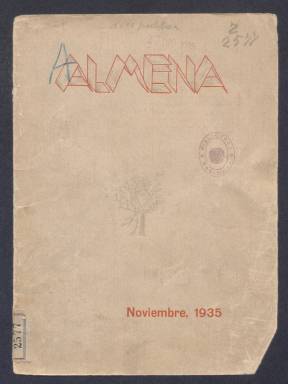
Título: Almena (Madrid)
Colección: Literatura
Ámbito geográfico: Madrid
Lugar de publicación: Madrid
Fechas: 01/11/1935-30/11/1935

Esta revista universitaria se puede considerar continuación de otra de nombre Prisma editada por alumnos de la Facultad de Filosofía y Letras de la Universidad Central de Madrid de la que se llegaron a publicar tres números entre enero y marzo de 1935. De esta otra de nombre Almena, la Biblioteca Nacional de España posee solo un número del curso siguiente, la segunda entrega de noviembre de ese año.

   Al igual que la publicación precedente, además de compartir el mismo diseño de cubierta, Almena es sobre todo una revista literaria en la que destacan dos poemas de dos de los grandes poetas del siglo XX: Juan Ramón Jiménez, con una composición titulada ‘Aurora, Mayo, Vida’ y Gerardo Diego, con otra titulada ‘La emplazada’. Hay también otras obras líricas y narrativas de distintos autores.

  Entre las piezas narrativas de este número de Almena sobresale el relato dialogado ‘A la sombra del árbol de la muerte’, del gran médico y ensayista gallego Roberto Nóvoa Santos, quien destacó también en el campo de la psicología. Fue además diputado por La Coruña en la II República por la Federación Republicana Gallega, que defendía un Estado unitario que reconociera las autonomías.

  Todo el contenido de la revista está salpicado de dibujos del gran ilustrador Ricardo Summers Isern, que había empezado su carrera en 1922 publicando en la revista Buen Humor y alcanzó notoriedad en Blanco y Negro y su suplemento infantil Gente menuda.

  Almena, de 34 páginas, se completa al igual que la anterior Prisma de un índice de revistas y reseñas bibliográficas. Se incluye en el índice números de la Revista de Occidente, Cruz y Raya y Caballo Verde para la Poesía, que son tres de las publicaciones culturales más prestigiosas de los años previos a la Guerra Civil.

  En Almena también se reseña el primer número de otra publicación del mismo centro universitario titulada Cuadernos de la Facultad de Filosofía y Letras. Se critica que en esta no se hable más de la vida interna de la Facultad y de temas de índole científica que, a juicio de los redactores de Almena, deberían ocupar más espacio en detrimento de la parte literaria o poética.

[Descripción publicada el 20/09/2024]